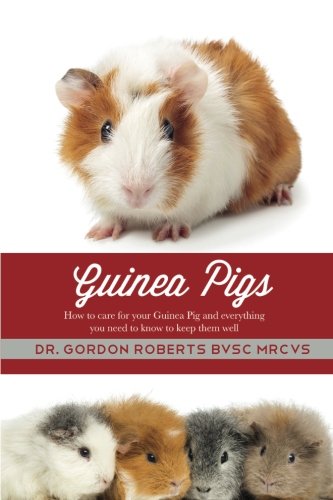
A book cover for Guinea Pigs: How to care for your Guinea Pig and everything you need to know to keep them well; Dr. Gordon Roberts; Crafts, Hobbies & Home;